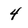
Character: 4